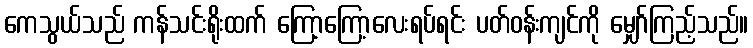
ကေသွယ်သည် ကန်သင်းရိုးထက် ကြော့ကြော့လေးရပ်ရင်း ပတ်ဝန်းကျင်ကို မျှော်ကြည့်သည်။